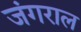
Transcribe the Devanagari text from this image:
जंगराल